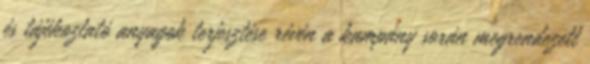
és tájékoztató anyagok terjesztése révén a kampány során megrendezett